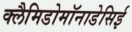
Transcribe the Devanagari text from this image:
क्लैमिडोमॉनाडेसिई